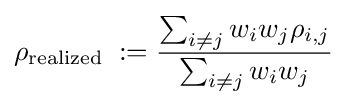
\rho _{\text{realized }}:={\frac {\sum _{i\neq j}{w_{i}w_{j}\rho _{i,j}}}{\sum _{i\neq j}{w_{i}w_{j}}}}